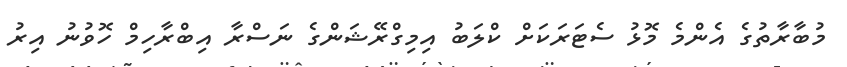
މުބާރާތުގެ އެންމެ މޮޅު ސެޓަރަކަށް ކްލަބު އިމިގްރޭޝަންގެ ނަސްރާ އިބްރާހިމް ހޮވުނު އިރު